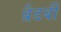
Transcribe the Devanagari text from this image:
ब्रैडबी